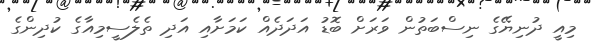
މިއީ ދުނިޔޭގެ ނިސްބަތުން ވަރަށް ބޮޑު އަދަދެއް ކަމަށާއި އަދި ތެލެސީމިއާގެ ކުދިންގެ